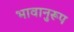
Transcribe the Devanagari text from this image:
भावानुरूप